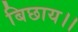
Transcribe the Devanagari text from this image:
बिछाय।।